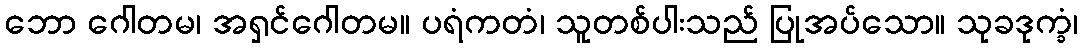
ဘော ဂေါတမ၊ အရှင်ဂေါတမ။ ပရံကတံ၊ သူတစ်ပါးသည် ပြုအပ်သော။ သုခဒုက္ခံ၊